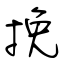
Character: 挽